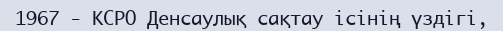
1967 - КСРО Денсаулық сақтау ісінің үздігі,